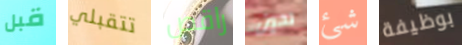
قبل تتقبلي راقص تحين شئ بوظيفة